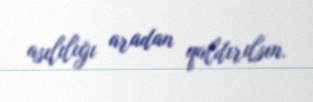
asılılığı aradan qaldırılsın.